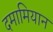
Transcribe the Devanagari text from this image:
दमामियान